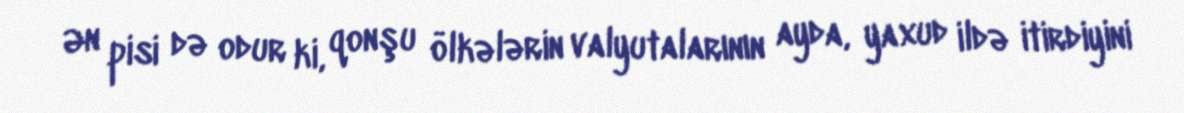
Ən pisi də odur ki, qonşu ölkələrin valyutalarının ayda, yaxud ildə itirdiyini